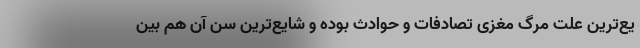
یع‌ترین علت مرگ مغزی تصادفات و حوادث بوده و شایع‌ترین سن آن هم بین